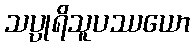
သပ္ပုရိသူပဿယော